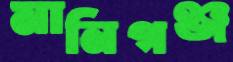
মানিগঞ্জ